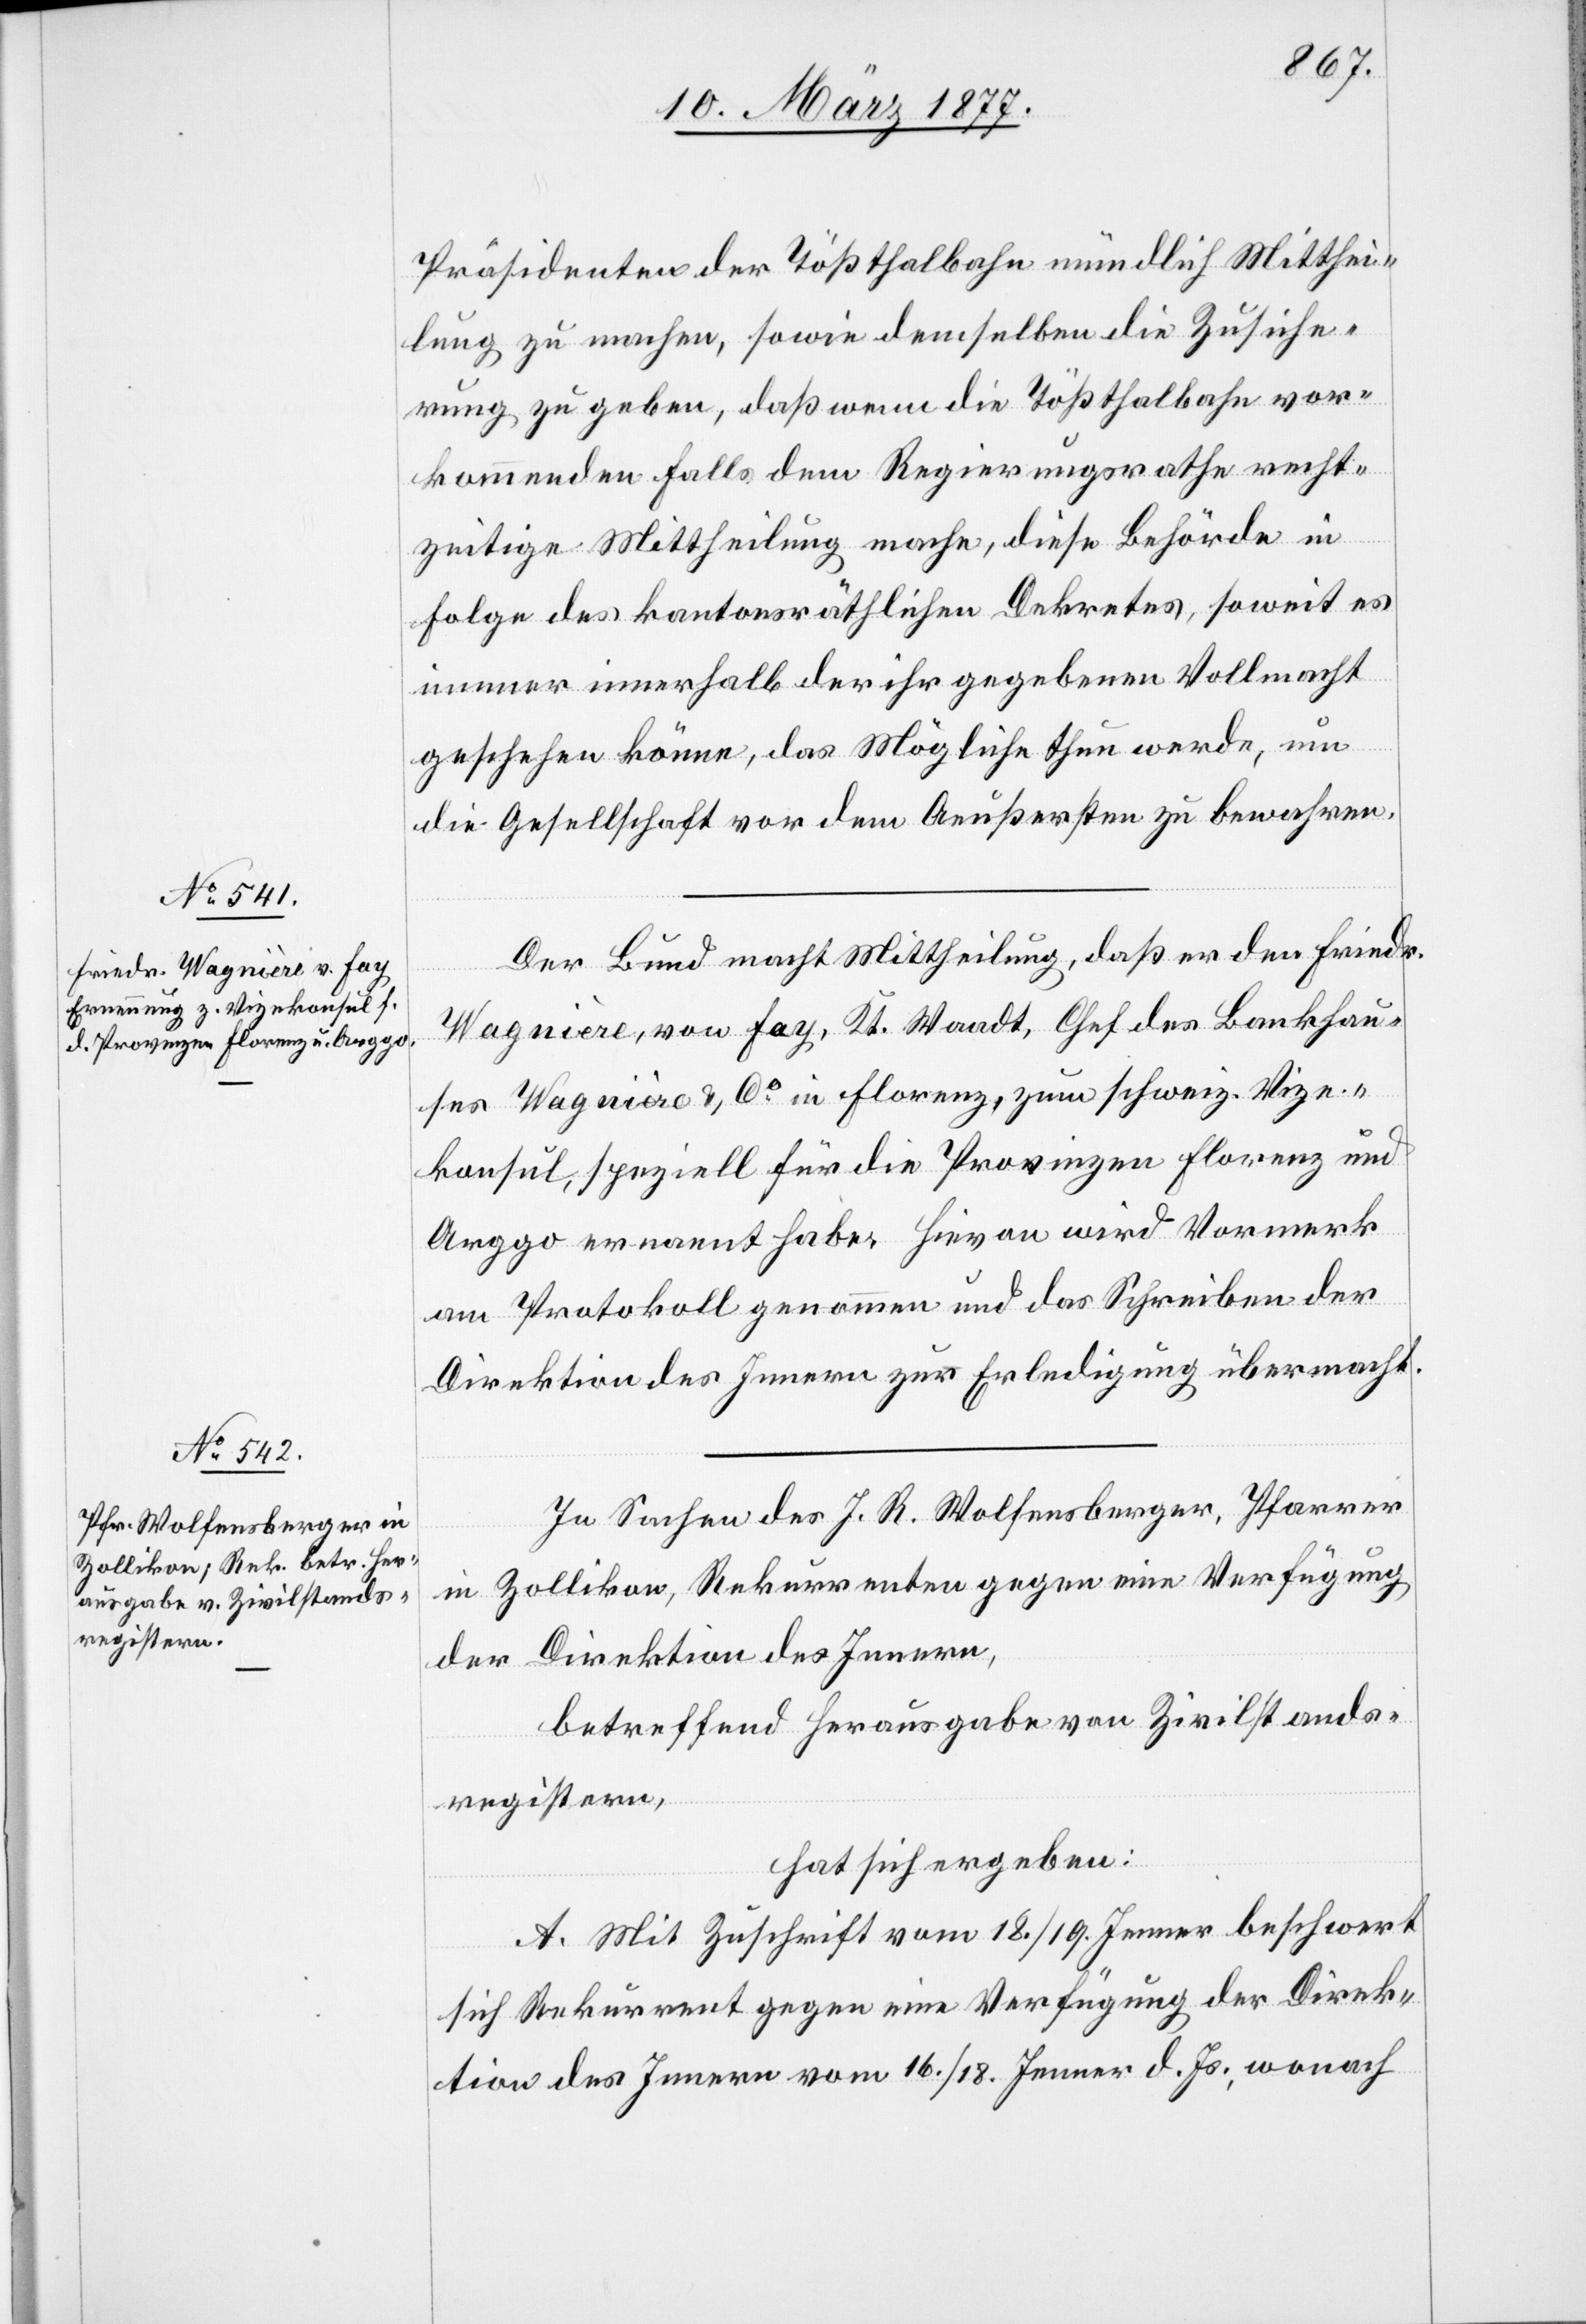
Präsidenten der Tößthalbahn mündlich Mitthei¬
lung zu machen, sowie demselben die Zusiche¬
rung zu geben, daß wenn die Tößthalbahn vor¬
kommenden Falls dem Regierungsrathe recht¬
zeitige Mittheilung mache, diese Behörde in
Folge des kantonsräthlichen Dekretes, soweit es
immer innerhalb der ihr gegebenen Vollmacht
geschehen könne, das Mögliche thun werde, um
die Gesellschaft vor dem Aeußersten zu bewahren.
Der Bund macht Mittheilung, daß er den Friedr.
Wagnière, von Fay, Kt. Waadt, Chef des Bankhau¬
ses Wagnière & Co in Florenz, zum schweiz. Vize¬
konsul, speziell für die Provinzen Florenz und
Arggo ernannt habe. Hievon wird Vormerk
am Protokoll genommen und das Schreiben der
Direktion des Innern zur Erledigung übermacht.
In Sachen des J. R. Wolfensberger, Pfarrer
in Zollikon, Rekurrenten gegen eine Verfügung
der Direktion des Innern,
betreffend Herausgabe von Zivilstands¬
registern,
hat sich ergeben:
A. Mit Zuschrift vom 18./19. Jenner beschwert
sich Rekurrent gegen eine Verfügung der Direk¬
tion des Innern vom 16./18. Jenner d. Js., wonach